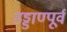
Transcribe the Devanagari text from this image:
उड्डाण्पूर्व